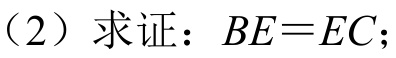
（2）求证：\(BE = EC\)；